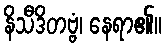
နိသီဒိတဗ္ဗံ၊ နေရာ၏။